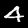
Digit: 4